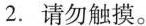
2.请勿触摸.。